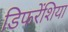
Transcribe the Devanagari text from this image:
डिफरेंशिया